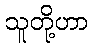
သူတို့ဟာ